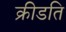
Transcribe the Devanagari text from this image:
क्रीडति